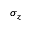
\sigma _ { z }